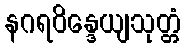
နဂရဝိန္ဒေယျသုတ္တံ